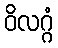
ဝိလဂ္ဂံ